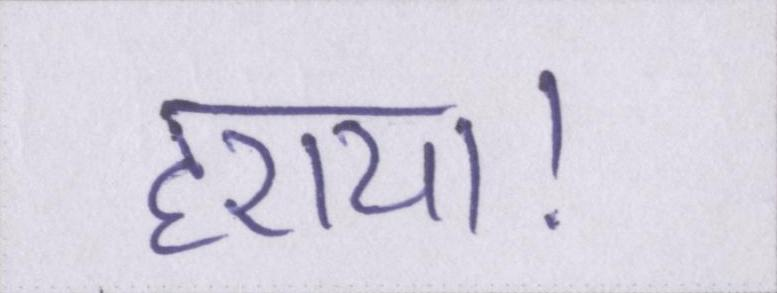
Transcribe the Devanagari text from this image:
हराया।